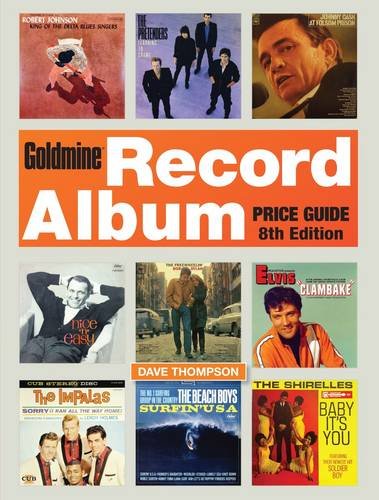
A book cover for Goldmine Record Album Price Guide; Crafts, Hobbies & Home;